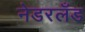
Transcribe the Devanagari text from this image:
नेडरलँड